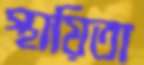
স্থায়িতা